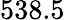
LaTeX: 538.5